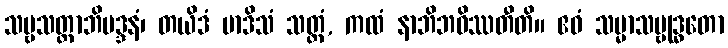
သဗ္ဗသတ္တာဘိမဒ္ဒနံ၊ တယိဒံ မာဒိသံ သတ္တံ, ကထံ နာဘိဘဝိဿတီတိ။ ဧဝံ သမ္မာသမ္ဗုဒ္ဓတော